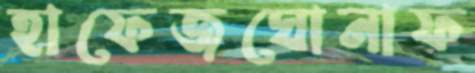
হাফেজঘোনাফ